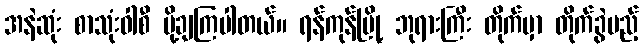
အနဲဆုံး စာသုံးဝါစီ ပို့ချကြပါတယ်။ ရန်ကုန်မြို့ ဘုရားကြီး တိုက်မှာ တိုက်ခွဲမည့်